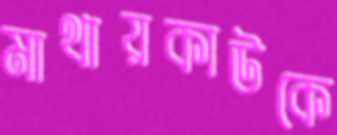
মাথায়কাউকে